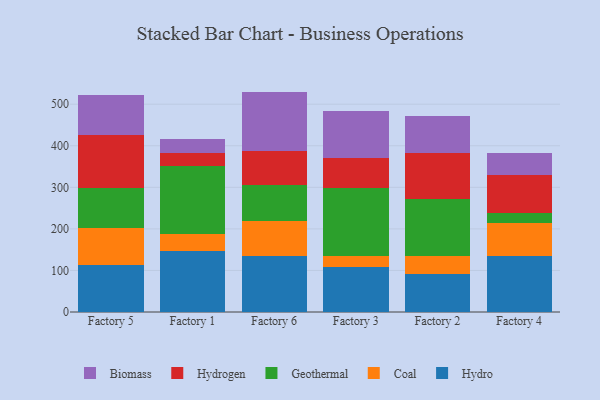
{"axis": {"x": "Factory", "y": "Energy Usage (MWh)"}, "legend": ["Biomass", "Coal", "Geothermal", "Hydro", "Hydrogen"], "data": [{"x": "Factory 5", "y": 113.1, "type": "Hydro"}, {"x": "Factory 5", "y": 88.4, "type": "Coal"}, {"x": "Factory 5", "y": 97.5, "type": "Geothermal"}, {"x": "Factory 5", "y": 127.7, "type": "Hydrogen"}, {"x": "Factory 5", "y": 95.4, "type": "Biomass"}, {"x": "Factory 1", "y": 146.6, "type": "Hydro"}, {"x": "Factory 1", "y": 41.5, "type": "Coal"}, {"x": "Factory 1", "y": 162.7, "type": "Geothermal"}, {"x": "Factory 1", "y": 30.8, "type": "Hydrogen"}, {"x": "Factory 1", "y": 35.7, "type": "Biomass"}, {"x": "Factory 6", "y": 134.7, "type": "Hydro"}, {"x": "Factory 6", "y": 83.6, "type": "Coal"}, {"x": "Factory 6", "y": 86.1, "type": "Geothermal"}, {"x": "Factory 6", "y": 82.3, "type": "Hydrogen"}, {"x": "Factory 6", "y": 143.6, "type": "Biomass"}, {"x": "Factory 3", "y": 107.6, "type": "Hydro"}, {"x": "Factory 3", "y": 28.1, "type": "Coal"}, {"x": "Factory 3", "y": 163.3, "type": "Geothermal"}, {"x": "Factory 3", "y": 71.2, "type": "Hydrogen"}, {"x": "Factory 3", "y": 114.3, "type": "Biomass"}, {"x": "Factory 2", "y": 90.8, "type": "Hydro"}, {"x": "Factory 2", "y": 42.8, "type": "Coal"}, {"x": "Factory 2", "y": 137.3, "type": "Geothermal"}, {"x": "Factory 2", "y": 110.5, "type": "Hydrogen"}, {"x": "Factory 2", "y": 91.0, "type": "Biomass"}, {"x": "Factory 4", "y": 133.9, "type": "Hydro"}, {"x": "Factory 4", "y": 79.2, "type": "Coal"}, {"x": "Factory 4", "y": 24.0, "type": "Geothermal"}, {"x": "Factory 4", "y": 91.7, "type": "Hydrogen"}, {"x": "Factory 4", "y": 54.9, "type": "Biomass"}]}